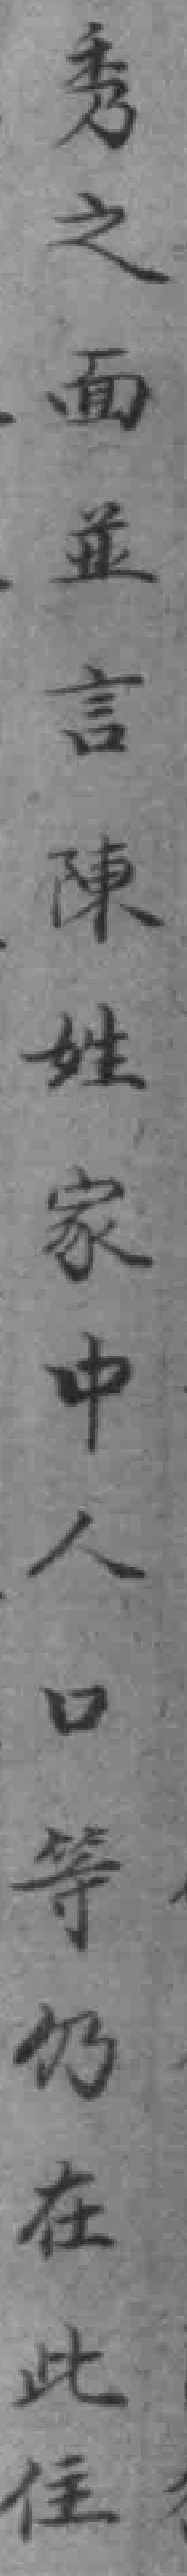
秀之面並言陳姓家中人口等仍在此住